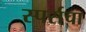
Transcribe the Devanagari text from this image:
स्पर्सचा